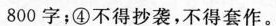
800字；④不得抄袭，不得套作。